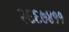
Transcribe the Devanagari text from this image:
२६६७४११